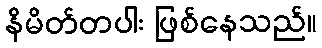
နိမိတ်တပါး ဖြစ်နေသည်။